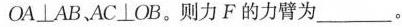
OA \bot AB、AC \bot OB。则力F的力臂为___。